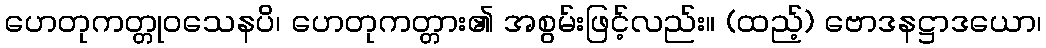
ဟေတုကတ္တုဝသေနပိ၊ ဟေတုကတ္တား၏ အစွမ်းဖြင့်လည်း။ (ထည့်) ဗောဒနဋ္ဌာဒယော၊